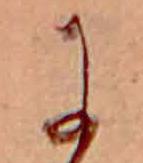
に